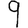
Digit: 9